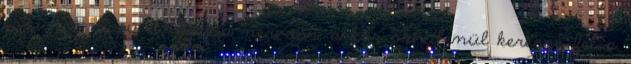
pszichés alapú anorexia nervosa, akkor okvetlenül keresse fel a